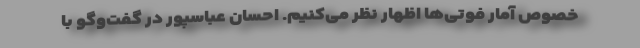
خصوص آمار فوتی‌ها اظهار نظر می‌کنیم. احسان عباسپور در گفت‌وگو با